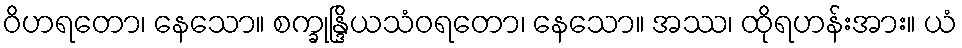
ဝိဟရတော၊ နေသော။ စက္ခုန္ဒြိယသံဝရတော၊ နေသော။ အဿ၊ ထိုရဟန်းအား။ ယံ